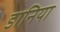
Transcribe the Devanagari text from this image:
डानिया